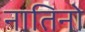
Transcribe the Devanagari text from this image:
नातिनो